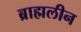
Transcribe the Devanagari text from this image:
ब्राह्मलीन